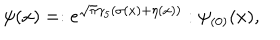
\psi ( x ) = : e ^ { \sqrt \pi \gamma _ { 5 } ( \sigma ( x ) + \eta ( x ) ) } : \psi _ { ( 0 ) } ( x ) ,